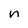
Character: n